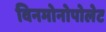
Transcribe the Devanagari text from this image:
विनमोनोपोलेट